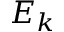
E _ { k }